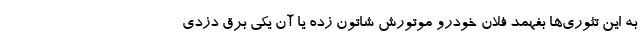
به این تئوری‌ها بفهمد فلان خودرو موتورش شاتون زده یا آن یکی برق دزدی